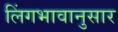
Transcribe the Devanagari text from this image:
लिंगभावानुसार